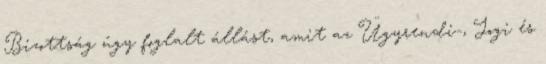
Bizottság úgy foglalt állást, amit az Ügyrendi-, Jogi és